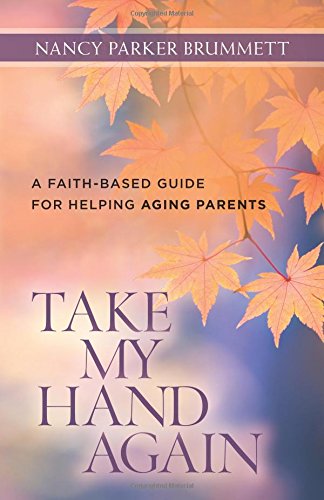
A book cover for Take My Hand Again: A Faith-Based Guide for Helping Aging Parents; Nancy Parker Brummett; Parenting & Relationships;